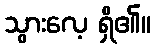
သွားလေ့ ရှိ၏။